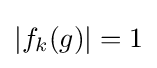
|f_{k}(g)|=1